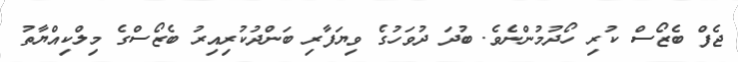
ޖެފް ބެޒޯސް ކުރި ހޯދުމުންނެވެ. ބުދަ ދުވަހުގެ ވިޔަފާރި ބަންދުކުރިއިރު ބެޒޯސްގެ މިލްކިއްޔާތު